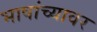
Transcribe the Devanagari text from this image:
भाषांच्यावर